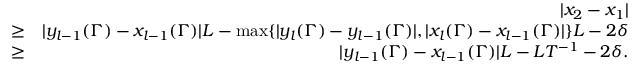
\begin{array} { r l r } & { } & { | x _ { 2 } - x _ { 1 } | } \\ & { \geq } & { | y _ { l - 1 } ( \Gamma ) - x _ { l - 1 } ( \Gamma ) | L - \operatorname* { m a x } \{ | y _ { l } ( \Gamma ) - y _ { l - 1 } ( \Gamma ) | , | x _ { l } ( \Gamma ) - x _ { l - 1 } ( \Gamma ) | \} L - 2 \delta } \\ & { \geq } & { | y _ { l - 1 } ( \Gamma ) - x _ { l - 1 } ( \Gamma ) | L - L T ^ { - 1 } - 2 \delta . } \end{array}